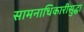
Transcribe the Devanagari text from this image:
सामनाधिकारीसुद्धा